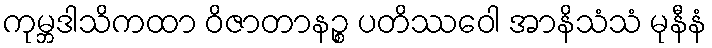
ကုမ္ဘဒါသိကထာ ဝိဇာတာနဉ္စ ပတိဿဝေါ အာနိသံသံ မုနီနံ